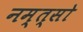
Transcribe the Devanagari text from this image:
नम्त्सो